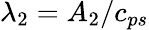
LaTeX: \lambda_{2}=A_{2}/c_{ps}